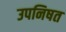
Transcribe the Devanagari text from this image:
उपनिषत